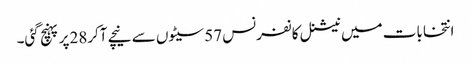
انتخابات میں نیشنل کانفرنس 57سیٹوں سے نیچے آکر28پر پہنچ گئی۔